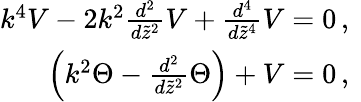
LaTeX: \begin{array}{r}{k^{4}V-2k^{2}\frac{d^{2}}{d\widetilde{z}^{2}}V+\frac{d^{4}}{d\widetilde{z}^{4}}V=0\, ,\ }\\ {\left(k^{2}\Theta-\frac{d^{2}}{d\widetilde{z}^{2}}\Theta\right)+V=0\, ,\ }\end{array}